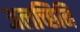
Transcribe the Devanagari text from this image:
अलच्छिनि